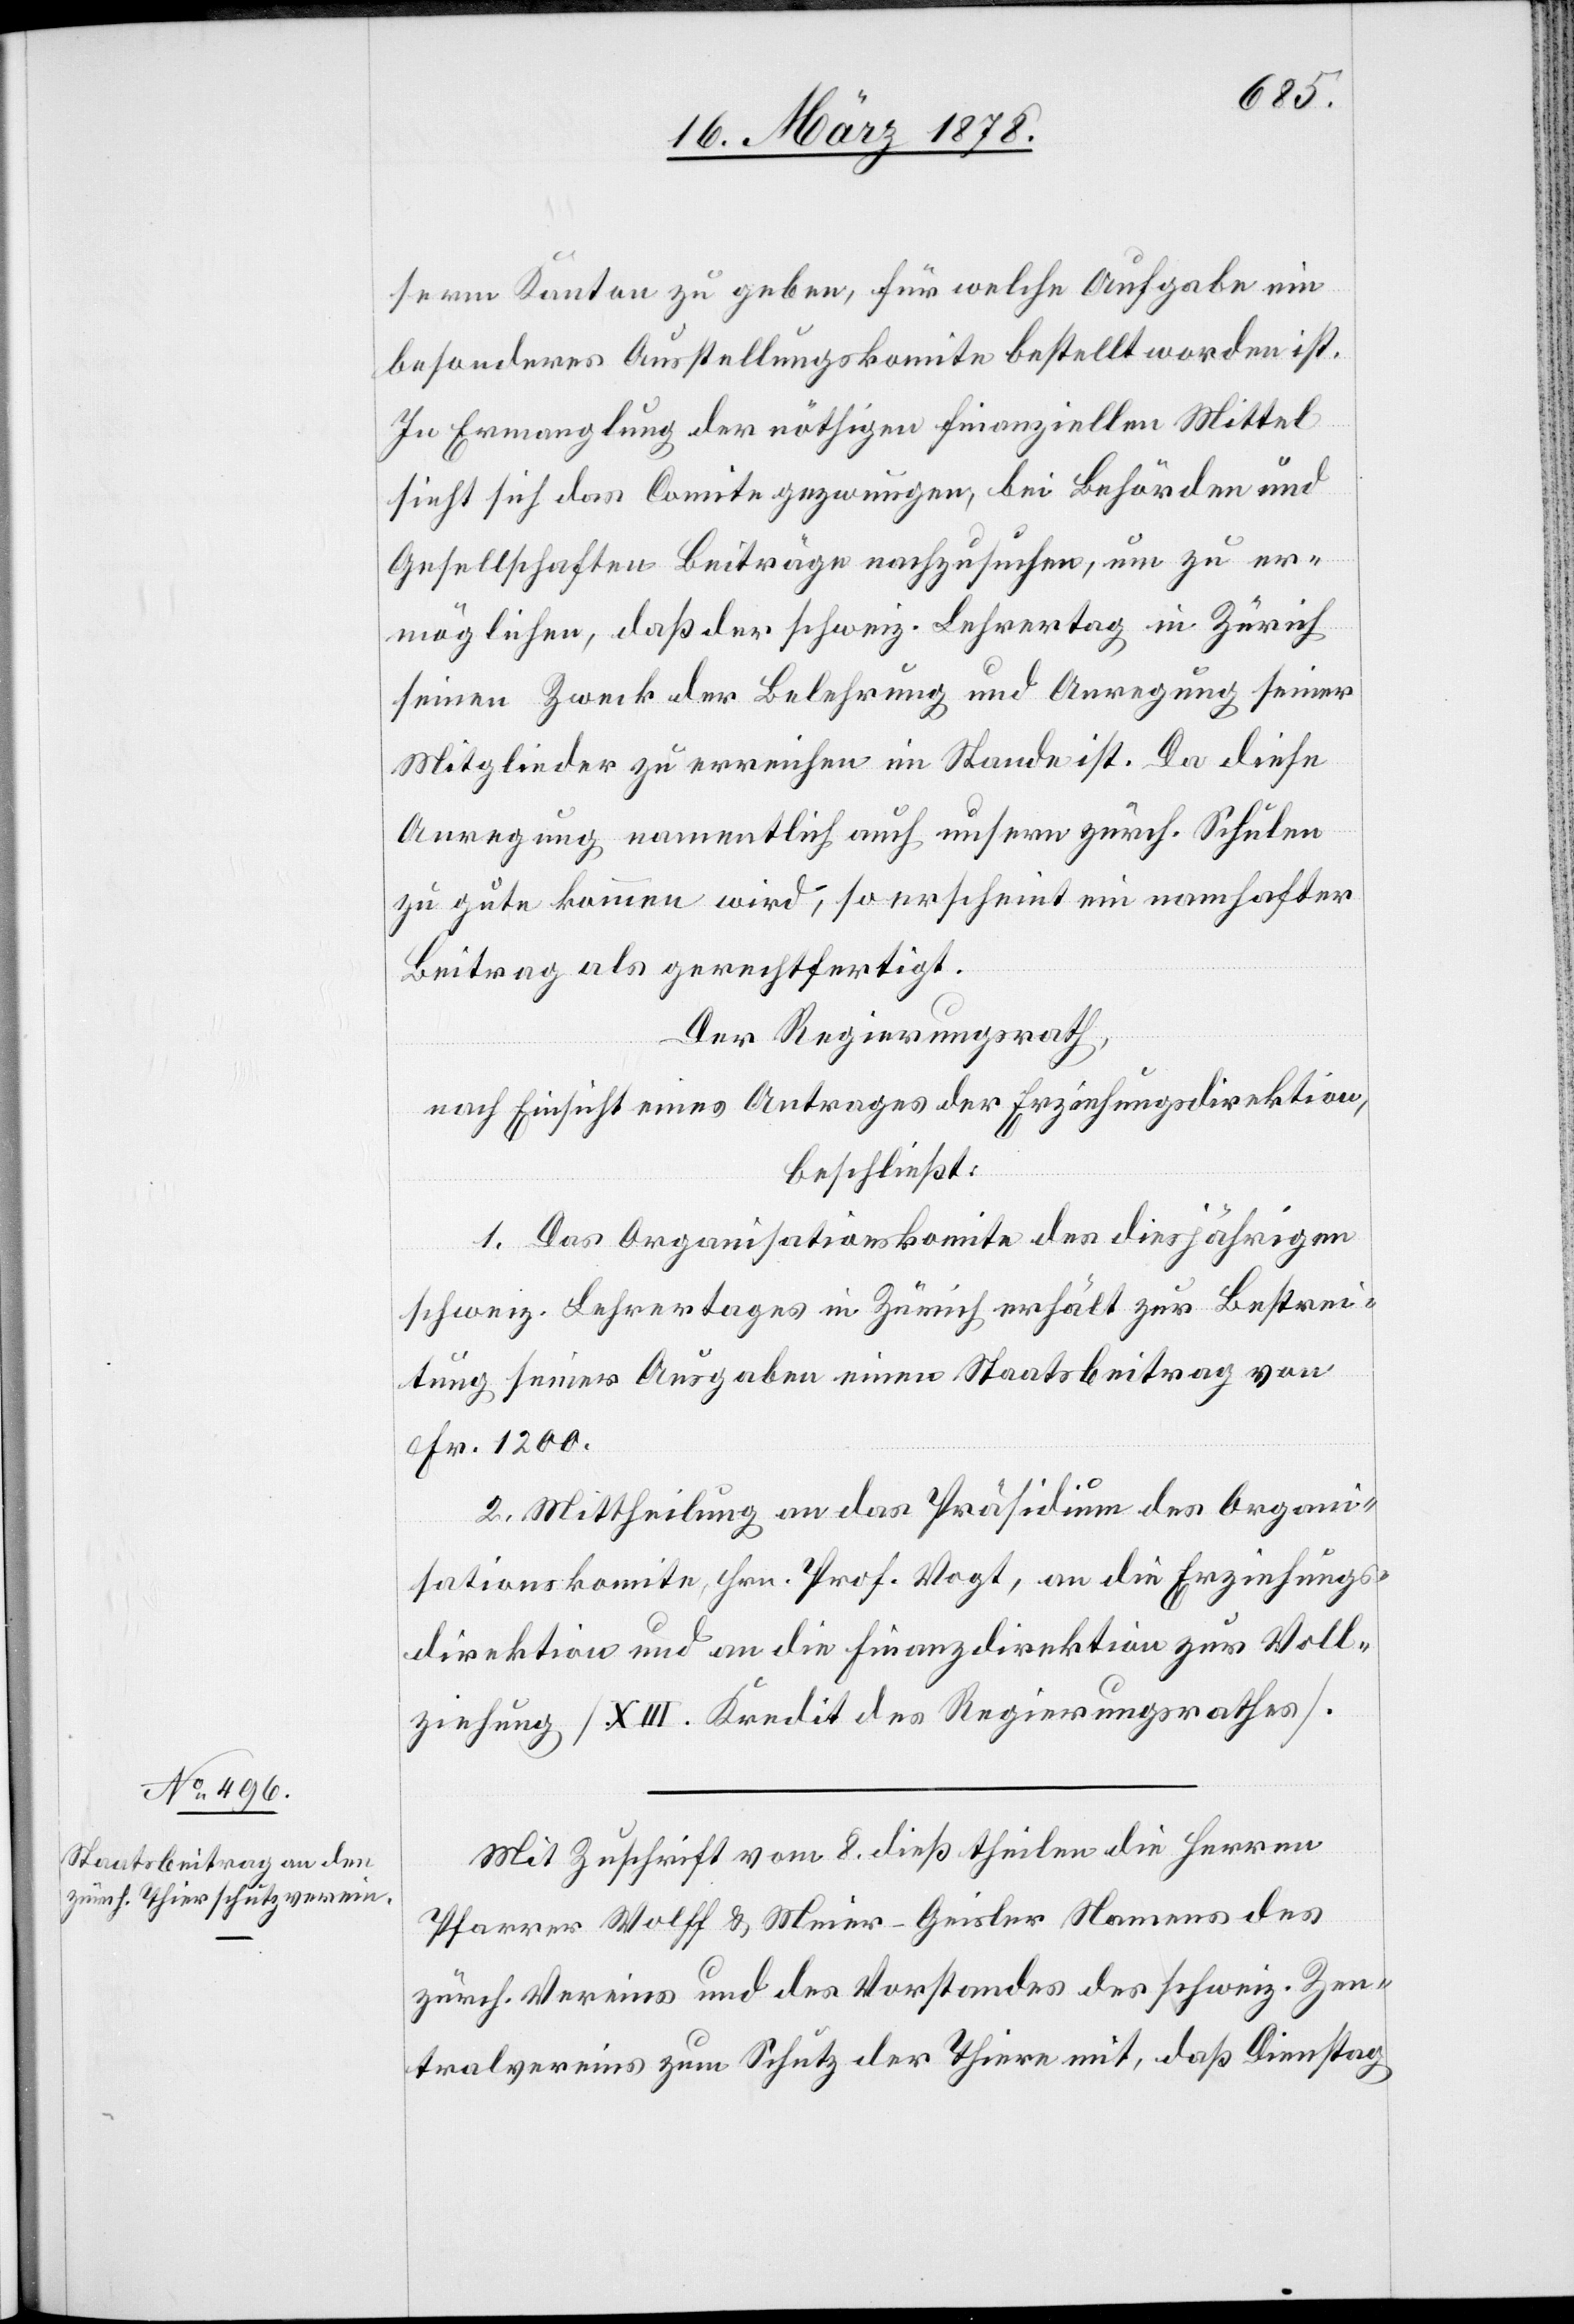
serem Kanton zu geben, für welche Aufgabe ein
besonderes Ausstellungskomite bestellt worden ist.
In Ermanglung der nöthigen finanziellen Mittel
sieht sich das Comite gezwungen, bei Behörden und
Gesellschaften Beiträge nachzusuchen, um zu er¬
möglichen, daß der schweiz. Lehrertag in Zürich
seinen Zweck der Belehrung und Anregung seiner
Mitglieder zu erreichen im Stande ist. Da diese
Anregung namentlich auch unsern zürch. Schulen
zu gute kommen wird, so erscheint ein namhafter
Beitrag als gerechtfertigt.
Der Regierungsrath,
nach Einsicht eines Antrages der Erziehungsdirektion,
beschließt:
1. Das Organisationskomite des diesjährigen
schweiz. Lehrertages in Zürich erhält zur Bestrei¬
tung seiner Ausgaben einen Staatsbeitrag von
Fr. 1200.
2. Mittheilung an das Präsidium des Organi¬
sationskomite, Hrn. Prof. Vogt, an die Erziehungs¬
direktion und an die Finanzdirektion zur Voll¬
ziehung (XIII. Kredit des Regierungsrathes).
Mit Zuschrift vom 8. dieß theilen die Herren
Pfarrer Wolff & Meier-Geisler Namens des
zürch. Vereins und des Vorstandes des schweiz. Zen¬
tralvereins zum Schutz der Thiere mit, daß Dienstag